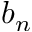
b _ { n }